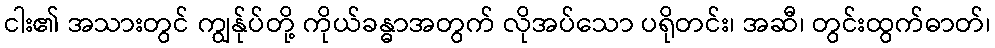
ငါး၏ အသားတွင် ကျွန်ုပ်တို့ ကိုယ်ခန္ဓာအတွက် လိုအပ်သော ပရိုတင်း၊ အဆီ၊ တွင်းထွက်ဓာတ်၊